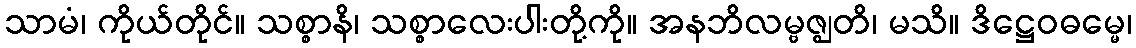
သာမံ၊ ကိုယ်တိုင်။ သစ္စာနိ၊ သစ္စာလေးပါးတို့ကို။ အနဘိလမ္ဗဇ္ဈတိ၊ မသိ။ ဒိဋ္ဌေဝဓမ္မေ၊